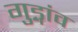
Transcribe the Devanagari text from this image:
गुड्गांव